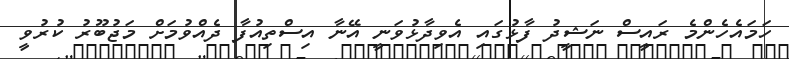
ހަމައެހެންމެ ރައީސް ނަޝީދު ފާޅުގައި އެވިދާޅުވަނީ އޭނާ އިސްތިއުފާ ދެއްވުމަށް މަޖުބޫރު ކުރުވީ